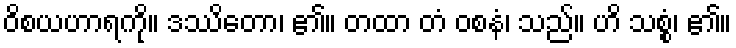
ဝိစယဟာရကို။ ဒဿိတော၊ ၏။ တထာ တံ ဝစနံ၊ သည်။ ဟိ သစ္စံ၊ ၏။